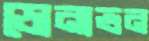
ডোনাভন